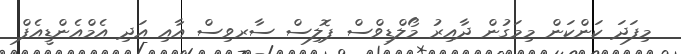
މިފަދަ ކަންކަން މިމަގުން ދާއިރު މޯލްޑިވްސް ޕޮލިސް ސާރވިސް އާއި އަދި އެމްއެންޑީއެފް